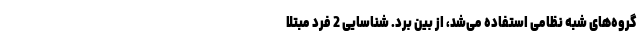
گروه‌های شبه نظامی استفاده می‌شد، از بین برد. شناسایی 2 فرد مبتلا